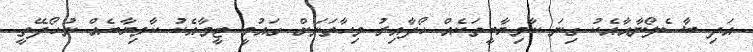
އަދި ބާސެލޯނާއާއެކު ގިނަ ކާމިޔާބީތަކެއް ހޯދާއިރު މިހާތަނަށް ގައުމީ ޓީމާއެކު ކާމިޔާބެއް ނުހޯދޭތީ